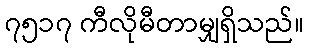
၇၅၁၇ ကီလိုမီတာမျှရှိသည်။